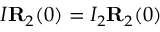
I { \bf R } _ { 2 } ( 0 ) = I _ { 2 } { \bf R } _ { 2 } ( 0 )